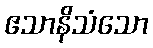
ဧသာနိသံသော